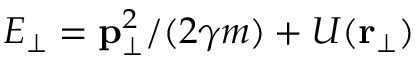
E _ { \perp } = { \bf p } _ { \perp } ^ { 2 } / ( 2 \gamma m ) + U ( { \bf r } _ { \perp } )